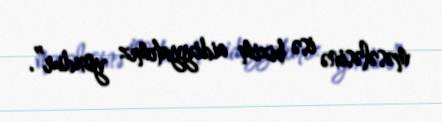
məsələsinə isə bizim aidiyyatımız yoxdur”.